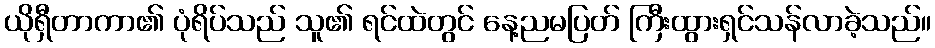
ယိုရှီတာကာ၏ ပုံရိပ်သည် သူ၏ ရင်ထဲတွင် နေ့ညမပြတ် ကြီးထွားရှင်သန်လာခဲ့သည်။